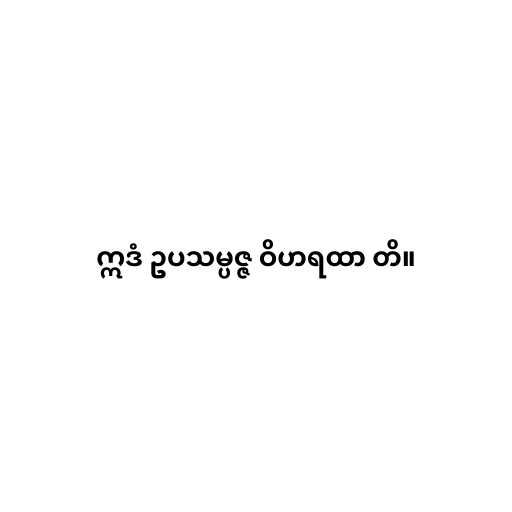
ဣဒံ ဥပသမ္ပဇ္ဇ ဝိဟရထာ တိ။